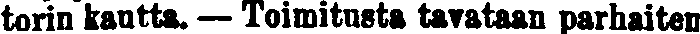
torin kautta. — Toimitusta tavataan parhaiten